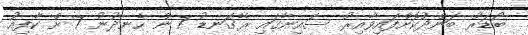
ބޯޑަރު ބަންދުކޮށްފައިވާއިރު ސައިނާގައި ރޭގަނޑު 7 ން ހެނދުނު 7 ށް ކާފިއު